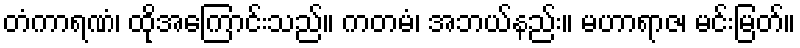
တံကာရဏံ၊ ထိုအကြောင်းသည်။ ကတမံ၊ အဘယ်နည်း။ မဟာရာဇ၊ မင်းမြတ်။